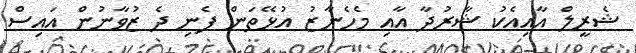
ޝެރީލް އާއިއެކު ޝާރުދާ އާއި މެހެނާޒު އުޅޭތަން ފެނި ދެ ޒުވާނުން އައިސް